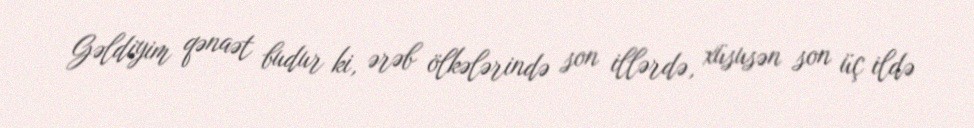
Gəldiyim qənaət budur ki, ərəb ölkələrində son illərdə, xüsusən son üç ildə